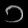
Digit: ၁